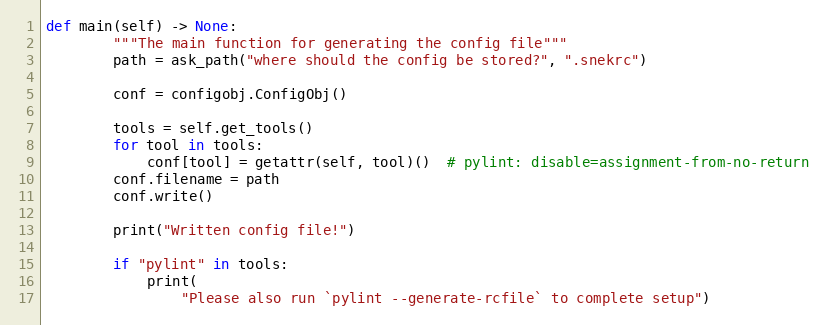
Language: Python
def main(self) -> None:
        """The main function for generating the config file"""
        path = ask_path("where should the config be stored?", ".snekrc")

        conf = configobj.ConfigObj()

        tools = self.get_tools()
        for tool in tools:
            conf[tool] = getattr(self, tool)()  # pylint: disable=assignment-from-no-return
        conf.filename = path
        conf.write()

        print("Written config file!")

        if "pylint" in tools:
            print(
                "Please also run `pylint --generate-rcfile` to complete setup")